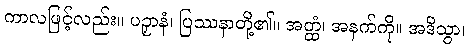
ကာလဖြင့်လည်း။ ပဉှာနံ၊ ပြဿနာတို့၏။ အတ္ထံ၊ အနက်ကို။ အဒိသွာ၊